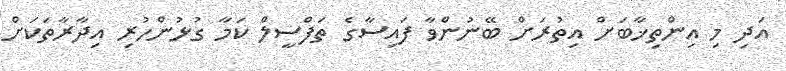
އަދި މި އިންތިޚާބަށް އިތުރަށް ބޭނުންވާ ފައިސާގެ ތަފްސީލް ކަމާ ގުޅުންހުރި އިދާރާތަކަށް